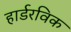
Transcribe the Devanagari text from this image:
हार्डरविक